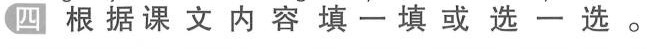
四根据课文内容填一填或选一选。